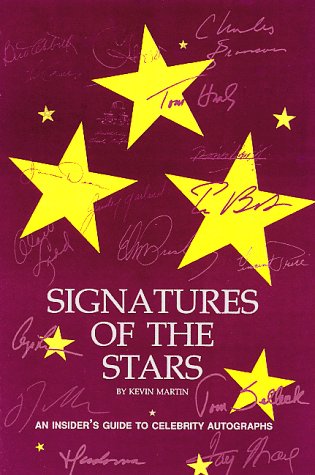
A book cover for Signatures of the Stars: An Insider's Guide to Celebrity Autographs; Kevin Martin; Crafts, Hobbies & Home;